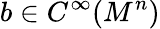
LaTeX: b\in C^{\infty}(M^{n})